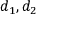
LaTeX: d _ { 1 } , d _ { 2 }